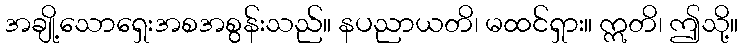
အချို့သောရှေးအစအစွန်းသည်။ နပညာယတိ၊ မထင်ရှား။ ဣတိ၊ ဤသို့။